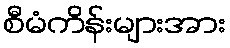
စီမံကိန်းများအား